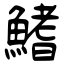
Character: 鰭